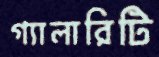
গ্যালারিটি